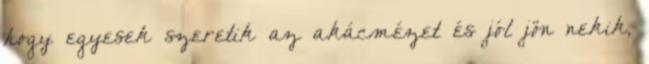
hogy egyesek szeretik az akácmézet és jól jön nekik,